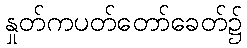
နှုတ်ကပတ်တော်ခေတ်၌